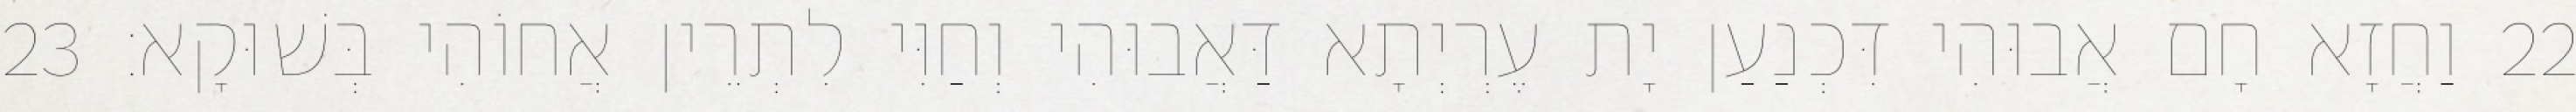
22 וַחֲזָא חָם אֲבוּהִי דִּכְנַעַן יָת עֶרְיְתָא דַּאֲבוּהִי וְחַוִּי לִתְרֵין אֲחוֹהִי בְּשׁוּקָא׃ 23